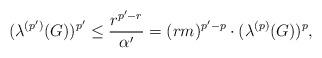
LaTeX: \begin{align*}(\lambda^{(p')}(G))^{p'}\leq\frac{r^{p'-r}}{\alpha'}=(rm)^{p'-p}\cdot(\lambda^{(p)}(G))^p, \end{align*}